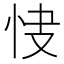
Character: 𢘦